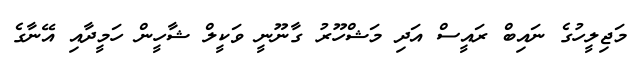
މަޖިލީހުގެ ނައިބް ރައީސް އަދި މަޝްހޫރު ގާނޫނީ ވަކީލް ޝާހީން ހަމީދާއި އޭނާގެ